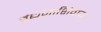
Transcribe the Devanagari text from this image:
बंधनांशिवाय